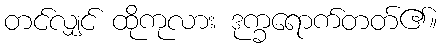
တင်လျှင် ထိုကုလား ဒုက္ခရောက်တတ်၏။